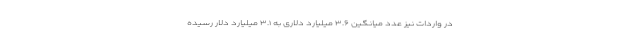
در واردات نیز عدد میانگین ۳.۶ میلیارد دلاری به ۳.۱ میلیارد دلار رسیده